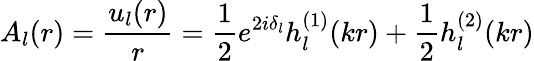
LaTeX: A_{l}(r)=\frac{u_{l}(r)}{r}=\frac{1}{2}e^{2i\delta_{l}}h_{l}^{(1)}(kr)+\frac{1}{2}h_{l}^{(2)}(kr)